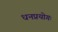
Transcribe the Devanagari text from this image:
धनप्रयोगः